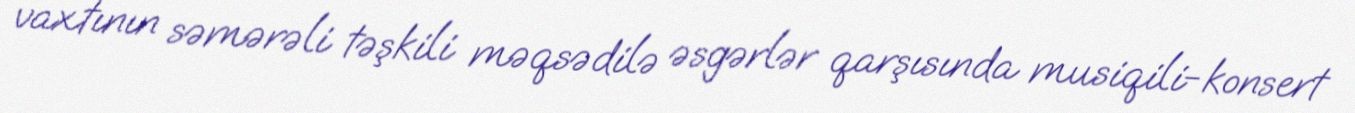
vaxtının səmərəli təşkili məqsədilə əsgərlər qarşısında musiqili-konsert